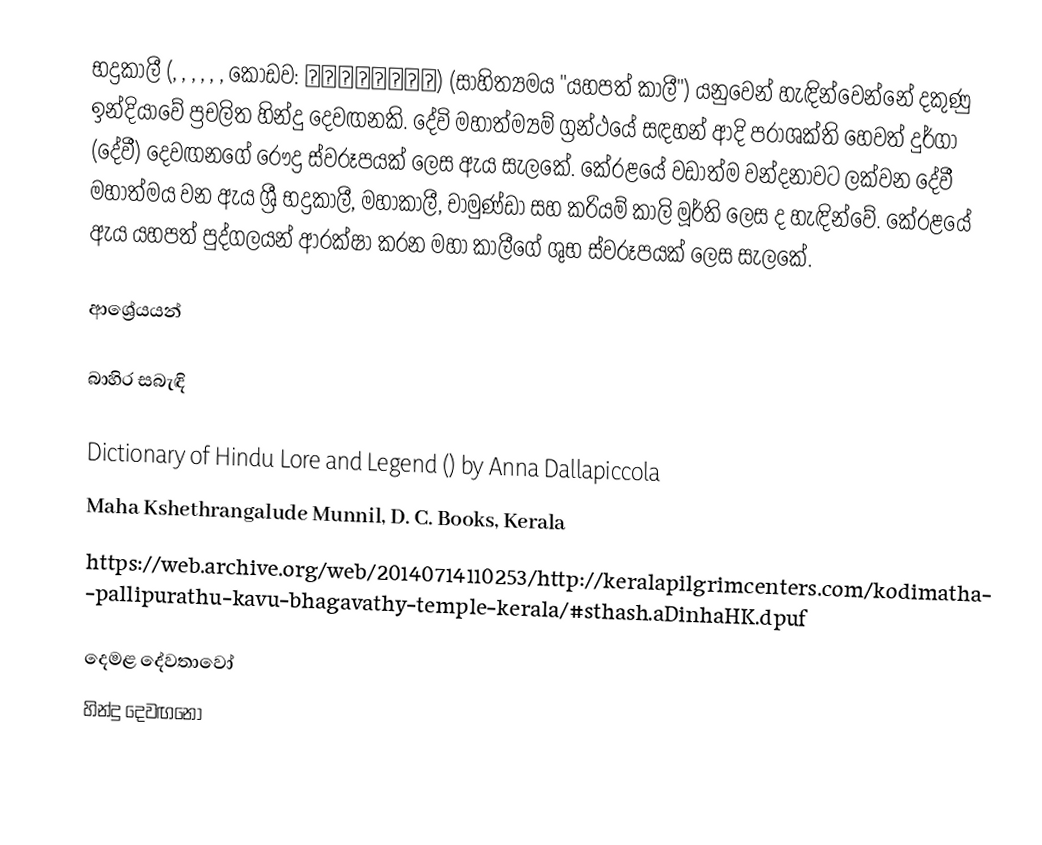
භද්‍රකාලී (, , , , , , කෝඩව: ಭದ್ರಕಾಳಿ) (සාහිත්‍යමය "යහපත් කාලී") යනුවෙන් හැඳින්වෙන්නේ දකුණු ඉන්දියාවේ ප්‍රචලිත හින්දු දෙවඟනකි. දේවි මහාත්ම්‍යම් ග්‍රන්ථයේ සඳහන් ආදි පරාශක්ති හෙවත් දුර්ගා (දේවී) දෙවඟනගේ රෞද්‍ර ස්වරූපයක් ලෙස ඇය සැලකේ. කේරළයේ වඩාත්ම වන්දනාවට ලක්වන දේවී මහාත්මය වන ඇය ශ්‍රී භද්‍රකාලී, මහාකාලී, චාමුණ්ඩා සහ කරියම් කාලි මූර්ති ලෙස ද හැඳින්වේ. කේරළයේ ඇය යහපත් පුද්ගලයන් ආරක්ෂා කරන මහා කාලීගේ ශුභ ස්වරූපයක් ලෙස සැලකේ.

ආශ්‍රේයයන්

බාහිර සබැඳි

Dictionary of Hindu Lore and Legend () by Anna Dallapiccola
 Maha Kshethrangalude Munnil, D. C. Books, Kerala
 https://web.archive.org/web/20140714110253/http://keralapilgrimcenters.com/kodimatha-pallipurathu-kavu-bhagavathy-temple-kerala/#sthash.aDinhaHK.dpuf

දෙමළ දේවතාවෝ
හින්දු දෙවඟනෝ